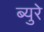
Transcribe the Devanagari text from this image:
ब्युरे